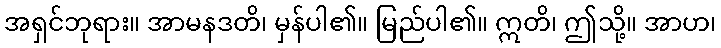
အရှင်ဘုရား။ အာမနဒတိ၊ မှန်ပါ၏။ မြည်ပါ၏။ ဣတိ၊ ဤသို့။ အာဟ၊